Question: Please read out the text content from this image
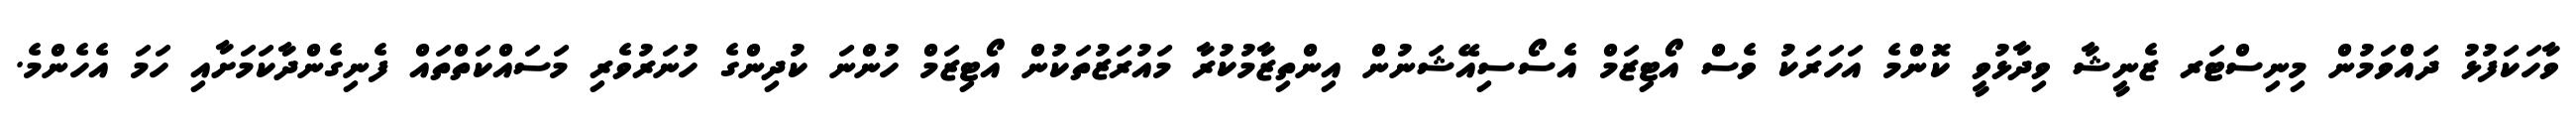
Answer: ވާހަކަފުޅު ދައްވަމުން މިނިސްޓަރ ޒެނީޝާ ވިދާޅުވީ ކޮންމެ އަހަރަކު ވެސް އޯޓިޒަމް އެސޯސިއޭޝަނުން އިންތިޒާމުކުރާ މައުރަޒުތަކުން އޯޓިޒަމް ހުންނަ ކުދިންގެ ހުނަރުވެރި މަސައްކަތްތައް ފެނިގެންދާކަމަށާއި ހަމަ އެހެންމެ.